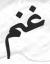
غنم